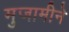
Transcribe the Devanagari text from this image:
मुजामीने